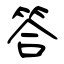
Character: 答